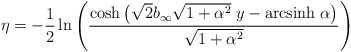
\begin{align*}\eta = -\frac{1}{2} \ln \left(\frac{\cosh \left(\sqrt{2}b_\infty\sqrt{1+\alpha^2}\; y - {\rm arcsinh}\; \alpha\right)}{\sqrt{1+\alpha^2}}\right)\end{align*}